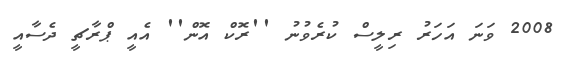
2008 ވަނަ އަހަރު ރިލީސް ކުރެވުނު ''ރޮކް އޮން'' އެއީ ޕްރާޗީ ދެސާއީ